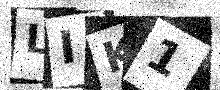
Text: LIK1